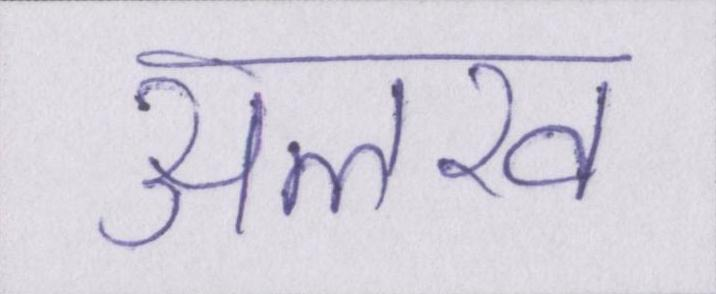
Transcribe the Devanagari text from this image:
अलख